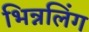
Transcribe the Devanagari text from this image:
भिन्नलिंग